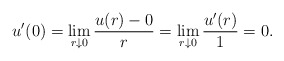
\begin{align*}u'(0)=\lim_{r\downarrow 0}\frac{u(r)-0}{r}=\lim_{r\downarrow 0}\frac{u'(r)}{1}=0.\end{align*}